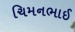
ચિમનભાઈ